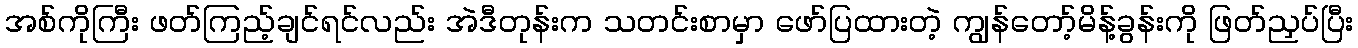
အစ်ကိုကြီး ဖတ်ကြည့်ချင်ရင်လည်း အဲဒီတုန်းက သတင်းစာမှာ ဖော်ပြထားတဲ့ ကျွန်တော့်မိန့်ခွန်းကို ဖြတ်ညှပ်ပြီး